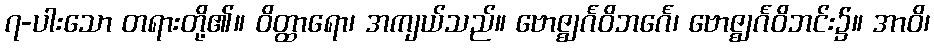
၇-ပါးသော တရားတို့၏။ ဝိတ္ထာရော၊ အကျယ်သည်။ ဗောဇ္ဈင်္ဂဝိဘင်္ဂေ၊ ဗောဇ္ဈင်္ဂဝိဘင်း၌။ အာဝိ၊